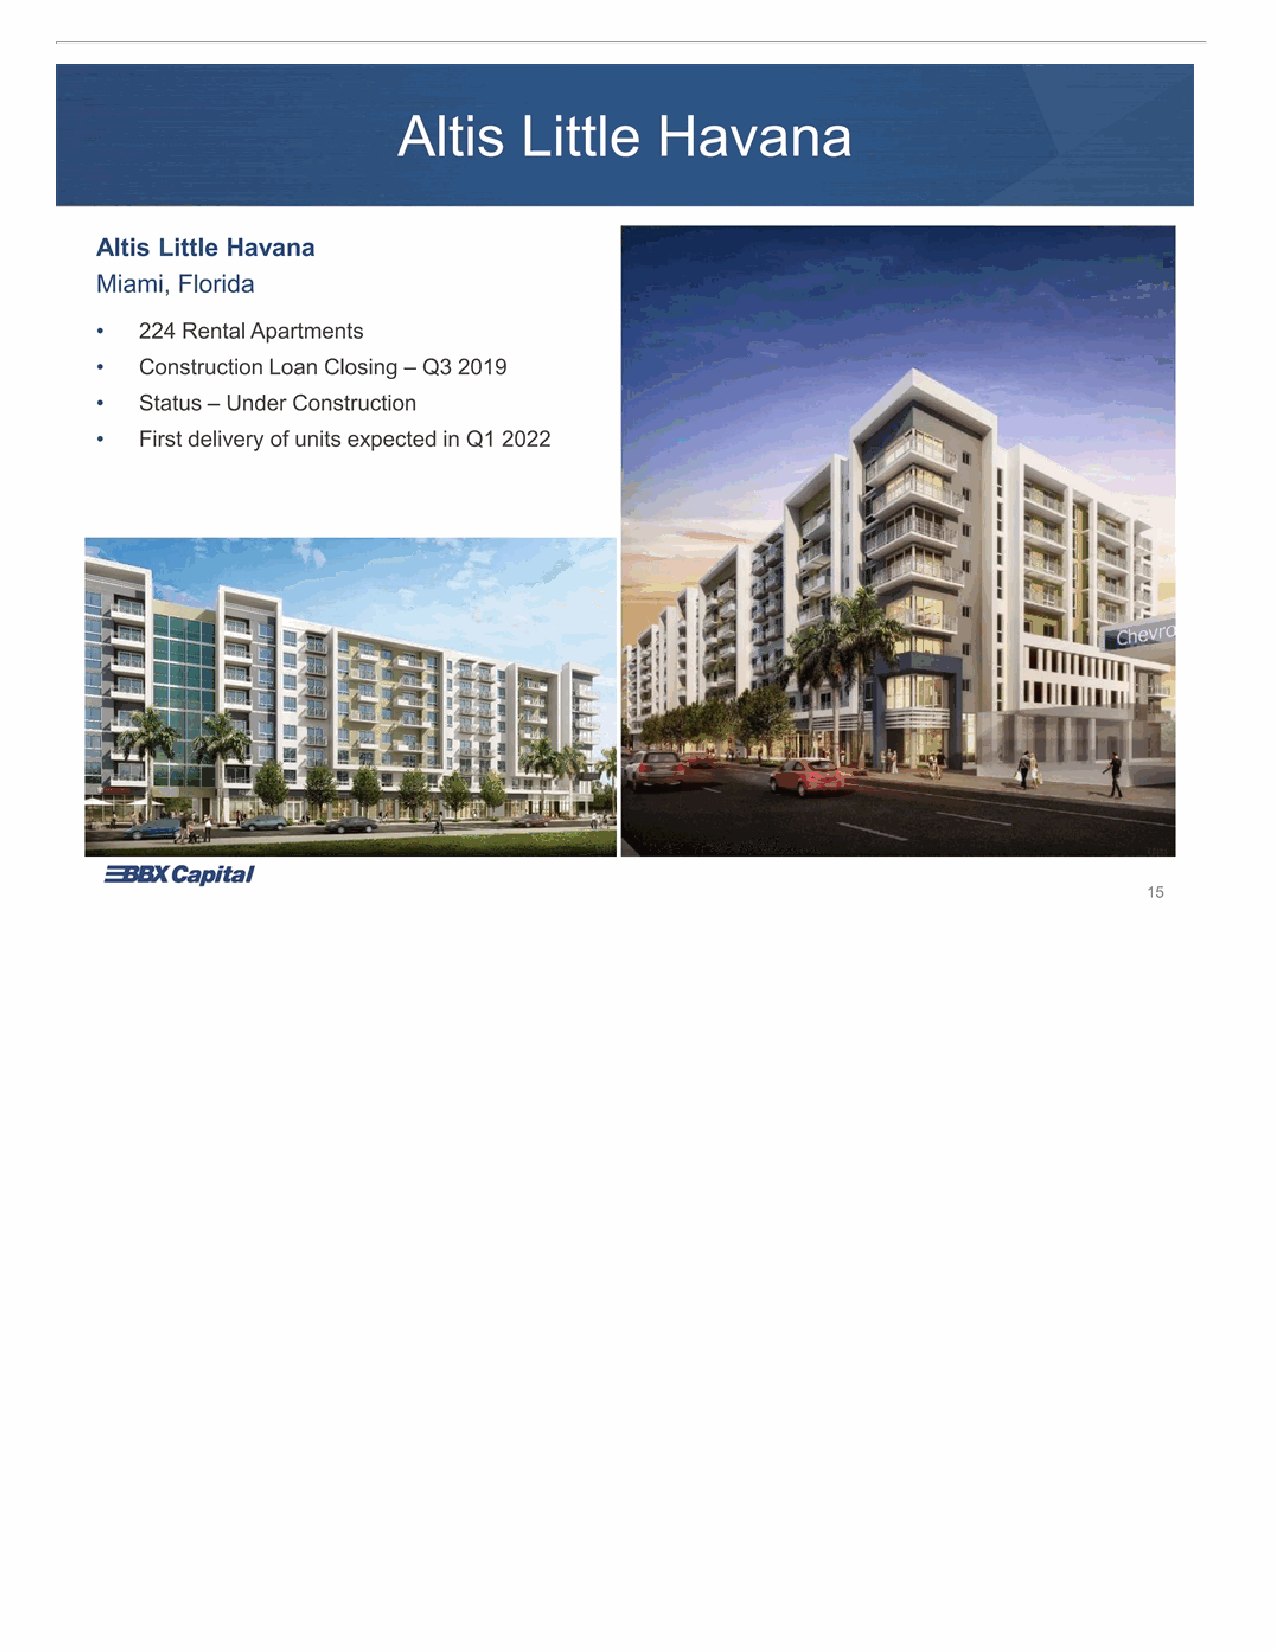
Altis Little Havana Altis Little Havana Miami, Florida • 224 Rental Apartments • Construction Loan Closing – Q3 2019 • Status – Under Construction • First delivery of units expected in Q1 2022 15